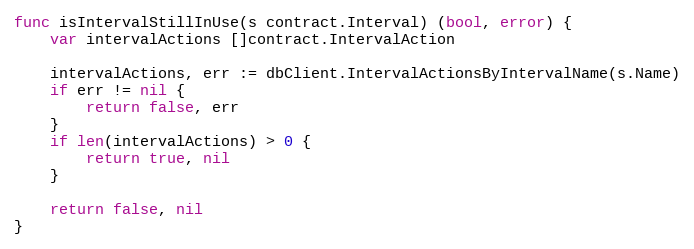
Language: Go
func isIntervalStillInUse(s contract.Interval) (bool, error) {
	var intervalActions []contract.IntervalAction

	intervalActions, err := dbClient.IntervalActionsByIntervalName(s.Name)
	if err != nil {
		return false, err
	}
	if len(intervalActions) > 0 {
		return true, nil
	}

	return false, nil
}